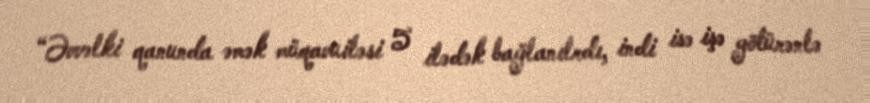
“Əvvəlki qanunda əmək müqavuiləsi 5 ilədək bağlanılrdı, indi isə işə götürənlə